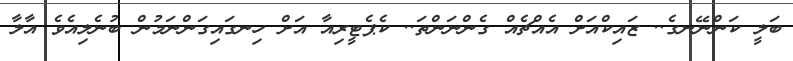
ބަލީ ކަންނޭނގެ.. ޒައިކްއަށް އެއްޗެއް ގެންނަންތަ.. ކެޕެޓީރިއާ އަށް ހިނގައިގަންނަމުން ބުނެލިއެވެ އާލާ